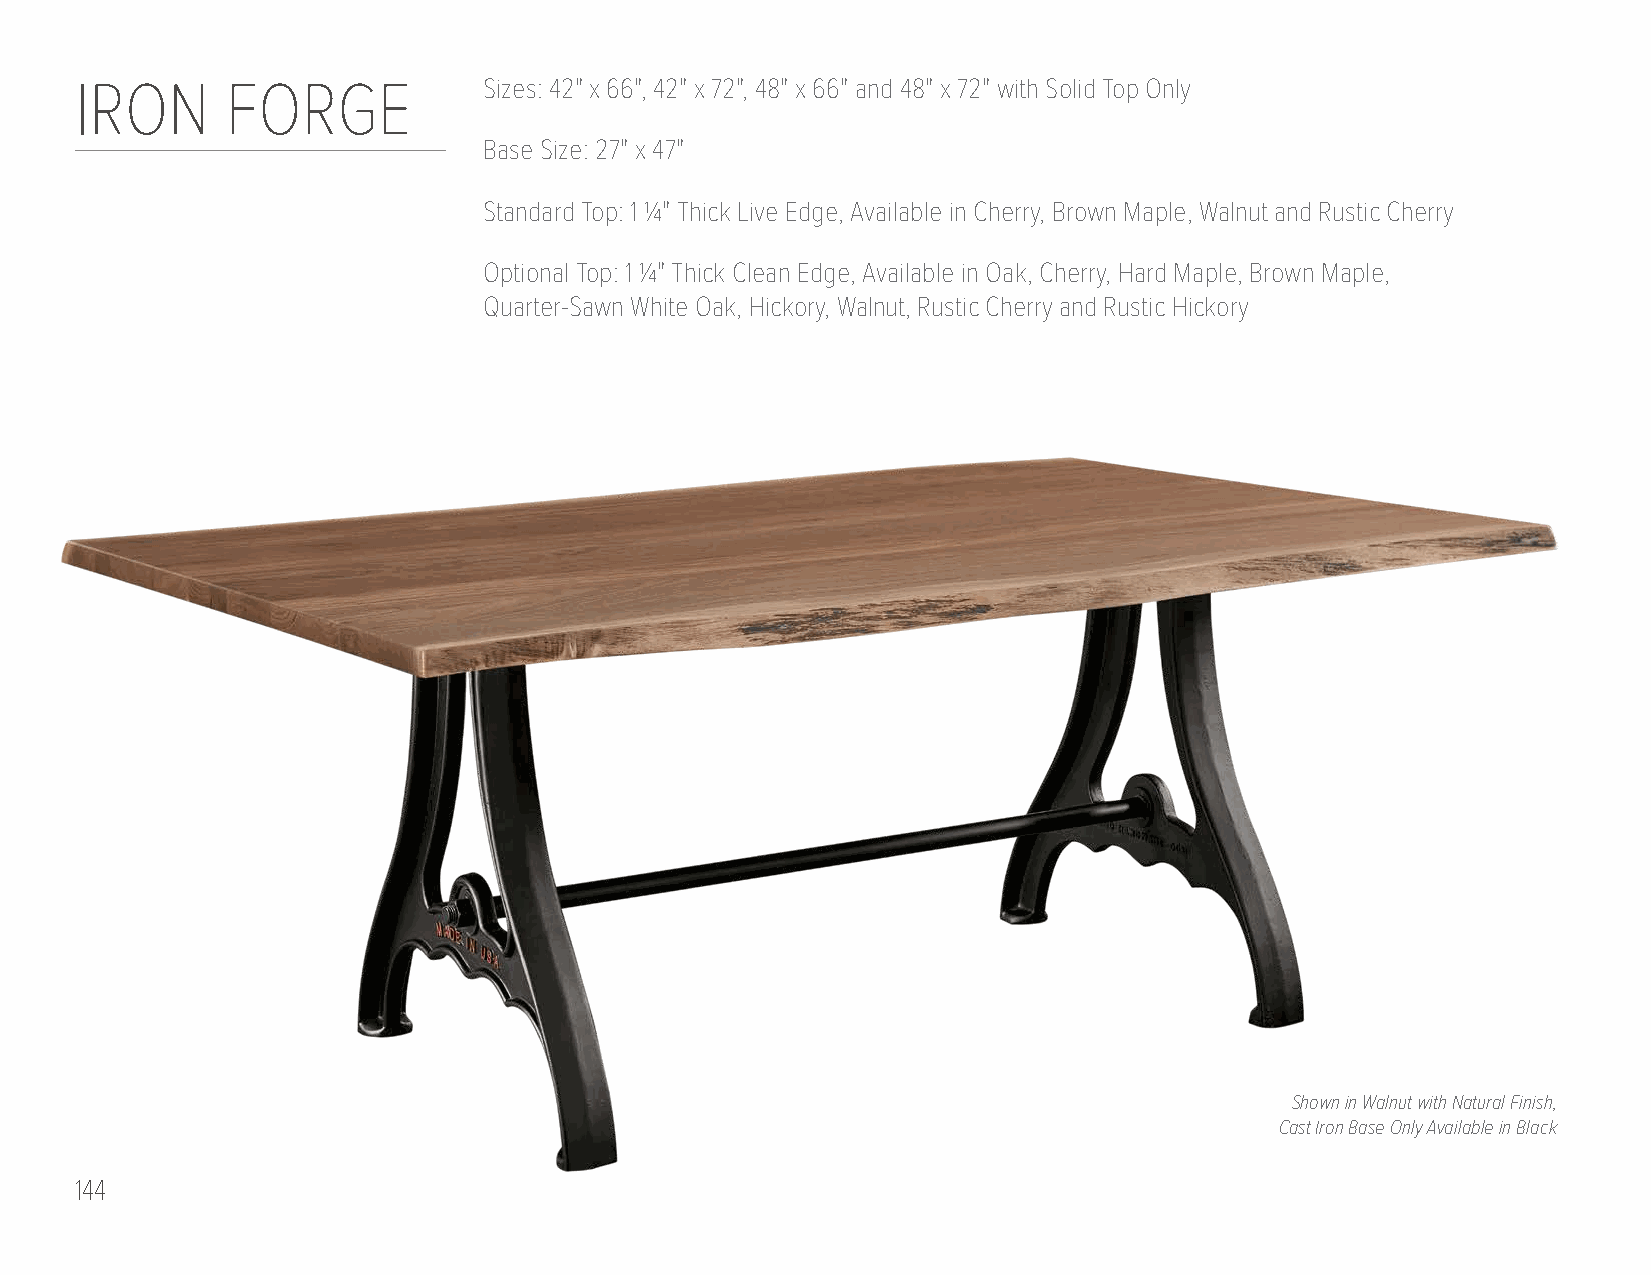
IRON      FORGE            Sizes: 42" x 66", 42" x 72", 48" x 66" and 48" x 72" with Solid Top Only
 Base Size: 27" x 47"
 Standard Top: 1 1/4" Thick Live Edge, Available in Cherry, Brown Maple, Walnut and Rustic Cherry
 Optional Top: 1 1/4" Thick Clean Edge, Available in Oak, Cherry, Hard Maple, Brown Maple,
 Quarter-Sawn White Oak, Hickory, Walnut, Rustic Cherry and Rustic Hickory
 Shown in Walnut with Natural Finish,
 Cast Iron Base Only Available in Black
 144